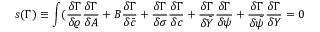
s ( \Gamma ) \equiv \int ( \frac { \delta \Gamma } { \delta \varrho } \frac { \delta \Gamma } { \delta A } + B \frac { \delta \Gamma } { \delta \bar { c } } + \frac { \delta \Gamma } { \delta \sigma } \frac { \delta \Gamma } { \delta c } + \frac { \delta \Gamma } { \delta \bar { Y } } \frac { \delta \Gamma } { \delta \psi } + \frac { \delta \Gamma } { \delta \bar { \psi } } \frac { \delta \Gamma } { \delta Y } = 0